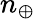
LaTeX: n_{\oplus}